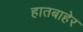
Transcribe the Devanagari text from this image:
हातबाहेर